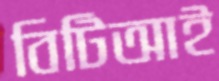
বিটিআই